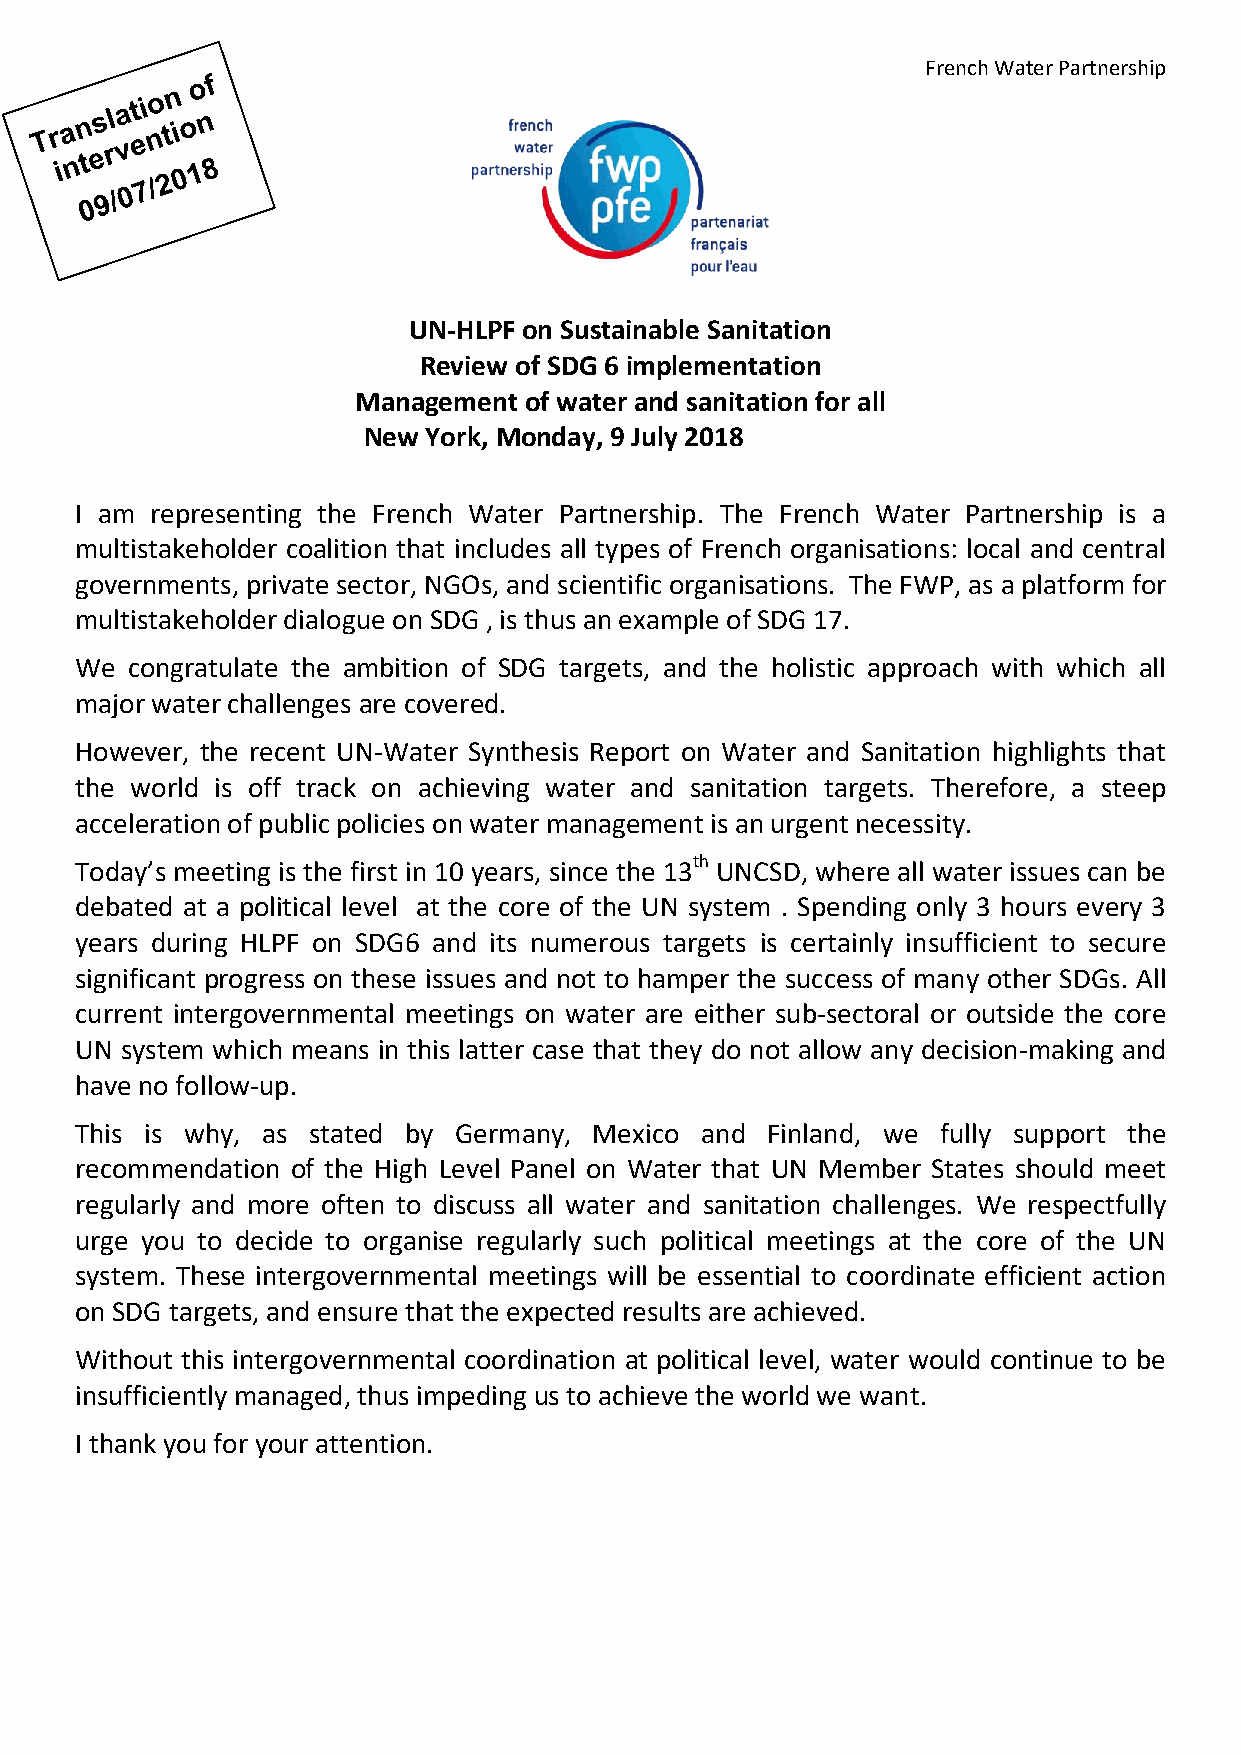
French Water Partnership
 UN-HLPF on Sustainable Sanitation
 Review of SDG 6 implementation
 Management of water and sanitation for all
 New York, Monday, 9 July 2018
 I am representing the French Water Partnership. The French Water Partnership is a
 multistakeholder coalition that includes all types of French organisations: local and central
 governments, private sector, NGOs, and scientific organisations. The FWP, as a platform for
 multistakeholder dialogue on SDG , is thus an example of SDG 17.
 We congratulate the ambition of SDG targets, and the holistic approach with which all
 major water challenges are covered.
 However, the recent UN-Water Synthesis Report on Water and Sanitation highlights that
 the world is off track on achieving water and sanitation targets. Therefore, a steep
 acceleration of public policies on water management is an urgent necessity.
 Today’s meeting is the first in 10 years, since the 13th UNCSD, where all water issues can be
 debated at a political level at the core of the UN system . Spending only 3 hours every 3
 years during HLPF on SDG6 and its numerous targets is certainly insufficient to secure
 significant progress on these issues and not to hamper the success of many other SDGs. All
 current intergovernmental meetings on water are either sub-sectoral or outside the core
 UN system which means in this latter case that they do not allow any decision-making and
 have no follow-up.
 This is why, as stated by Germany, Mexico and Finland, we fully support the
 recommendation of the High Level Panel on Water that UN Member States should meet
 regularly and more often to discuss all water and sanitation challenges. We respectfully
 urge you to decide to organise regularly such political meetings at the core of the UN
 system. These intergovernmental meetings will be essential to coordinate efficient action
 on SDG targets, and ensure that the expected results are achieved.
 Without this intergovernmental coordination at political level, water would continue to be
 insufficiently managed, thus impeding us to achieve the world we want.
 I thank you for your attention.